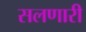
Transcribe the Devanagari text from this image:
सलणारी